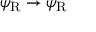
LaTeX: \psi _ { \mathrm { { R } } } \rightarrow \psi _ { \mathrm { { R } } }